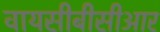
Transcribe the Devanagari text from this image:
वायसीबीसीआर